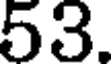
53.